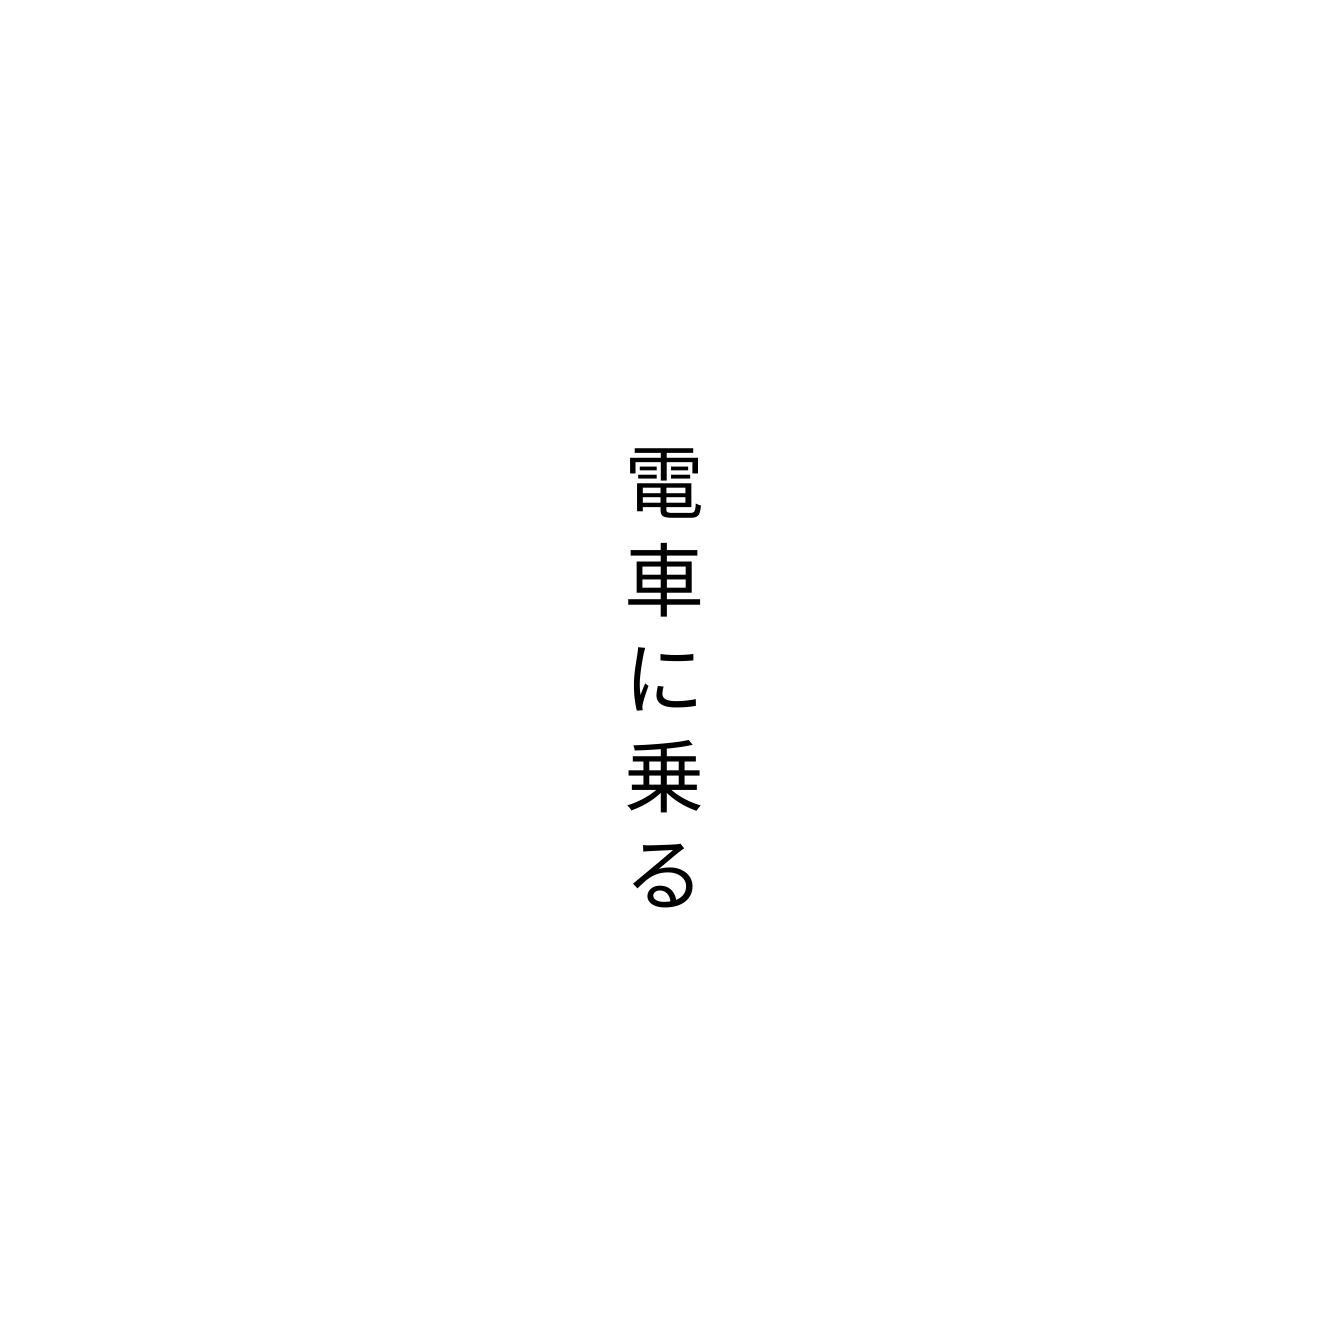
電車に乗る